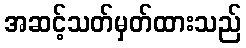
အဆင့်သတ်မှတ်ထားသည်